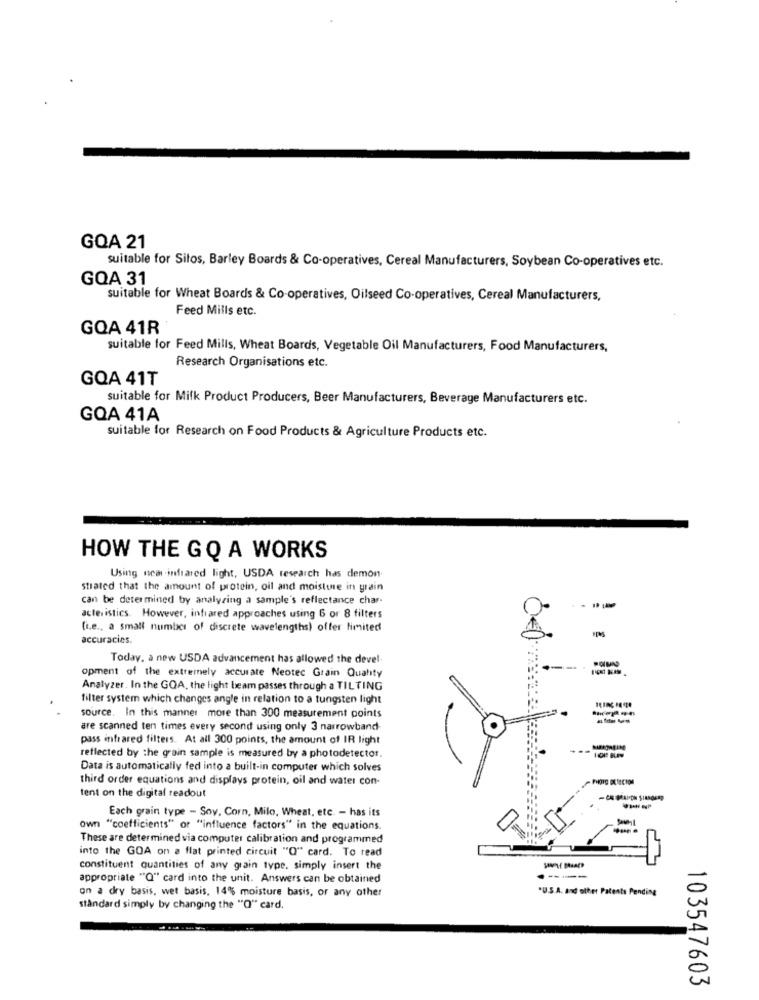
GOA 21
suitable for Sitos, Barley Boards & Co-operatives, Cereal Manufacturers, Soybean Co-operatives etc.
GOA 31
suitable for Wheat Boards & Co-operatives, Oilseed Co-operatives, Cereal Manufacturers,
Feed Mills etc.
GOA 41R
suitable for Feed Mills, Wheat Boards, Vegetable Oil Manufacturers, Food Manufacturers,
Research Organisations etc.
GQA 41T
suitable for Milk Product Producers, Beer Manufacturers, Beverage Manufacturers etc.
GQA 41A
suitable for Research on Food Products & Agriculture Products etc.
HOW THE GQ A WORKS
Using near infrared light, USDA research has demon
strated that the amount of protein, oil and moisture in grain
can be determined by analyzing a sample's reflectance char-
acteristics. However, infrared approaches using 6 or 8 filters
(i.e ., a small number of discrete wavelengths) offer limited
accuracies.
Today, a new USDA advancement has allowed the devel.
opment of the extremely accurate Neotec Grain Quality
--
Analyzer. In the GOA, the light beam passes through a TILTING
filter system which changes angle in relation to a tungsten light
source. In this manner more than 300 measurement points
are scanned ten times every second using only 3 narrowband-
pass infrared filters. At all 300 points, the amount of IR light
reflected by the grain sample is measured by a photodetector.
Data is automatically fed into a built-in computer which solves
third order equations and displays protein, oil and water con-
tent on the digital readout
Each grain type - Soy, Corn, Milo, Wheat, etc. - has its
own "coefficients" or "influence factors" in the equations
These are determined via computer calibration and programmed
into the GOA on a flat printed circuit "O" card. To read
constituent quantities of any grain type. simply insert the
appropriate "Q" card into the unit. Answers can be obtained
-----
*U.S.A. and other Patents Pending
on a dry basis, wet basis, 14% moisture basis, or any other
standard simply by changing the "O" card.
103547603